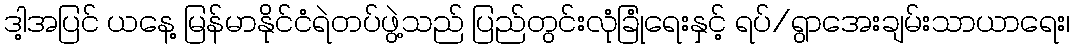
ဒါ့အပြင် ယနေ့ မြန်မာနိုင်ငံရဲတပ်ဖွဲ့သည် ပြည်တွင်းလုံခြုံရေးနှင့် ရပ်/ရွာအေးချမ်းသာယာရေး၊